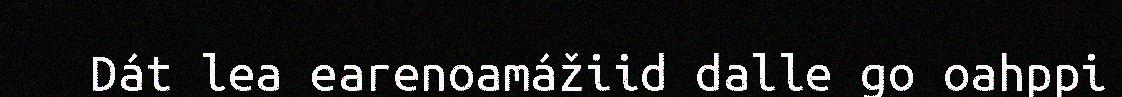
Dát lea earenoamážiid dalle go oahppi